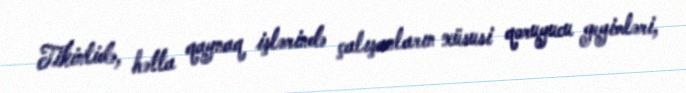
Tikintidə, hətta qaynaq işlərində çalışanların xüsusi qoruyucu geyimləri,